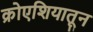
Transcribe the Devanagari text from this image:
क्रोएशियातून